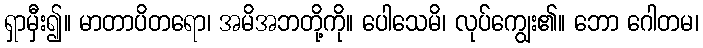
ရှာမှီး၍။ မာတာပိတရော၊ အမိအဘတို့ကို။ ပေါသေမိ၊ လုပ်ကျွေး၏။ ဘော ဂေါတမ၊